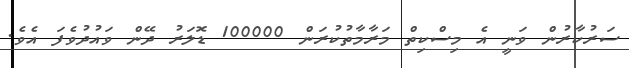
ސަރުކާރުން ވަނީ އެ މިސްކިތް މަރާމާތުކުރަން 100000 ޑޮލަރު ދޭން ވައުދުވެފަ އެވެ.